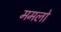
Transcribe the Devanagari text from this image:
ममलो